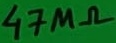
Text: 47MΩ